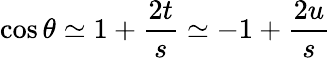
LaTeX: \cos\theta\simeq 1+{\frac{2t}{s}}\simeq-1+{\frac{2u}{s}}